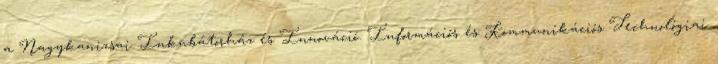
a Nagykanizsai Inkubátorház és Innováció. Információs és Kommunikációs Technológiai